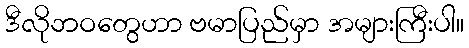
ဒီလိုဘဝတွေဟာ ဗမာပြည်မှာ အများကြီးပါ။